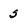
Character: 5